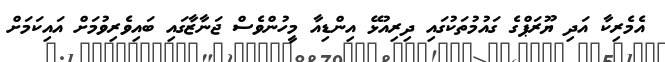
އެމެރިކާ އަދި ޔޫރަޕްގެ ގައުމުތަކުގައި ދިރިއުޅޭ އިންޑިއާ މީހުންވެސް ޖަނާޒާގައި ބައިވެރިވުމަށް އައިކަމަށް